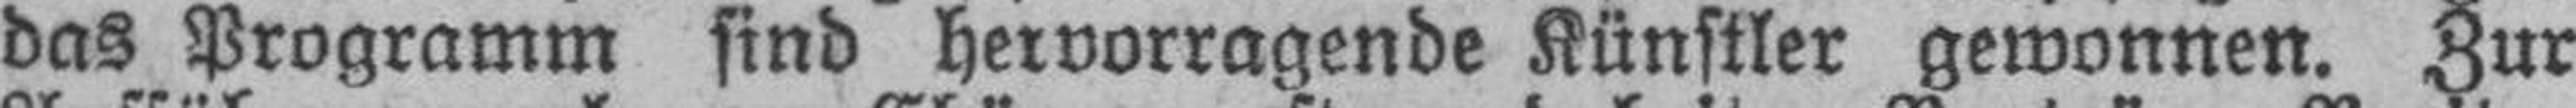
das Programm sind hervorragende Künstler gewonnen. Zur